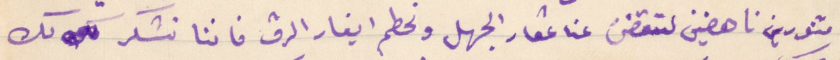
متنورين ناهضين لتقضى عنا عقار الجهل ونحطم ايغار الرق فاننا نشكر لك